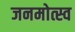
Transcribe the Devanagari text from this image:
जनमोत्स्व